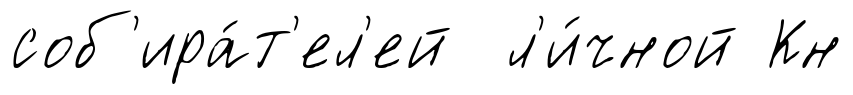
соб'ира́т'ел'ей л'и́чной Кн